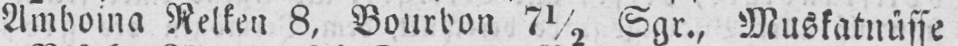
Amboina Nelken 8, Bourbon 7½ Sgr., Muskatnüsse